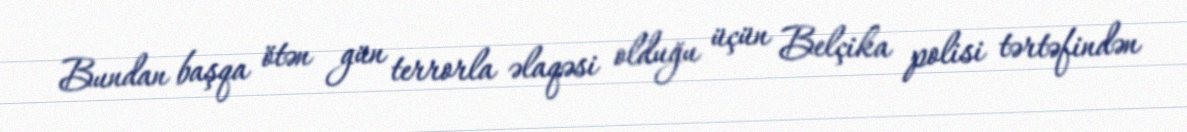
Bundan başqa ötən gün terrorla əlaqəsi olduğu üçün Belçika polisi tərtəfindən